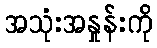
အသုံးအနှုန်းကို